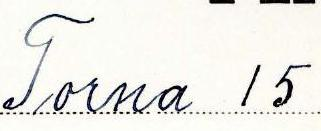
Torna 15